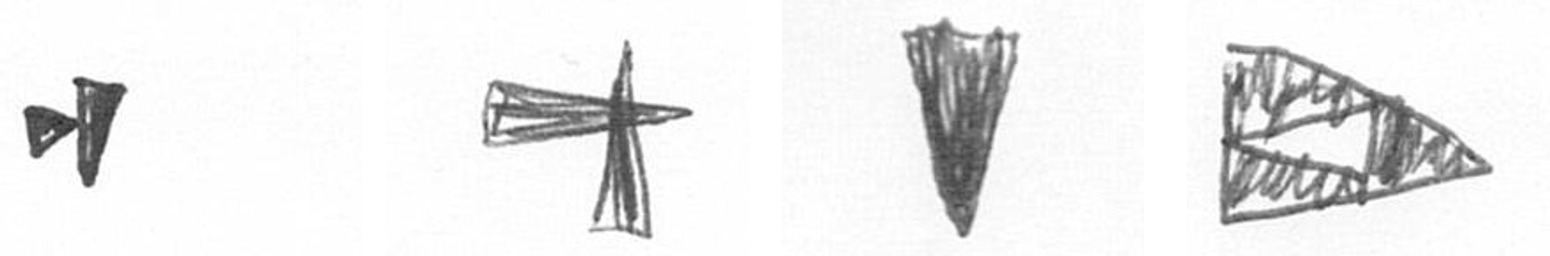
M G J K